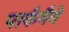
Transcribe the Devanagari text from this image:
पार्कमैने